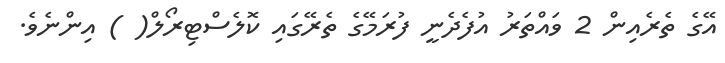
އޭގެ ތެރެއިން 2 ވައްތަރު އުފެދެނީ ފުރަމޭގެ ތެރޭގައި ކޮލެސްޓިރޯލް( ) އިންނެވެ.